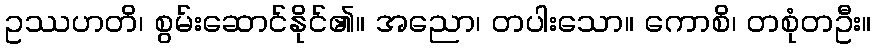
ဥဿဟတိ၊ စွမ်းဆောင်နိုင်၏။ အညော၊ တပါးသော။ ကောစိ၊ တစုံတဦး။